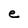
Character: e